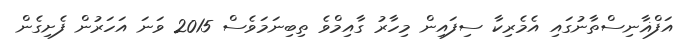
އަފްޣާނިސްތާނުގައި އެމެރިކާ ސިފައިން މިހާރު ގާއިމްވެ ތިބިނަމަވެސް 2015 ވަނަ އަހަރުން ފެށިގެން